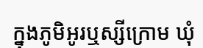
ក្នុងភូមិអូរឬស្សីក្រោម ឃុំ